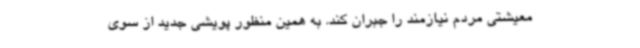
معیشتی مردم نیازمند را جبران کند. به همین منظور پویشی جدید از سوی